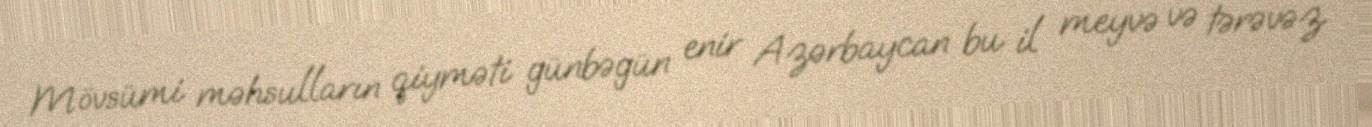
Mövsümi məhsulların qiyməti günbəgün enir Azərbaycan bu il meyvə və tərəvəz